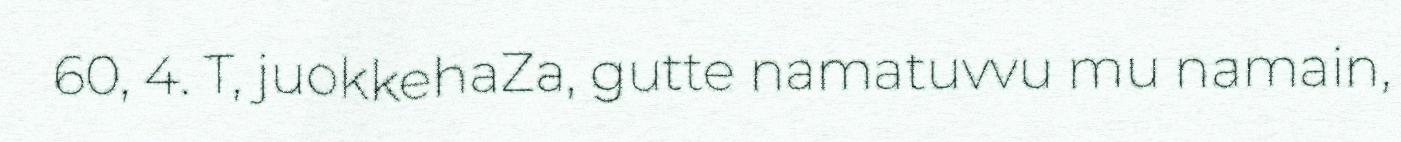
60, 4. T, juokkehaZa, gutte namatuvvu mu namain,